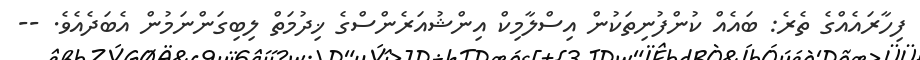
ފިހާރައެއްގެ ތެރެ: ބައެއް ކުންފުނިތަކުން އިސްލާމިކް އިންޝުއަރެންސްގެ ޚިދުމަތް ލިބިގަންނަމުން އެބަދެއެވެ. --